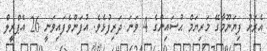
އެރަށު ފިޔަނޫމާގޭ މަރިޔަމް ޙުސައިންގެ 4 ވަނަ ދަރިފުޅެވެ. އުފަންވެފައިވަނީ 26 އެޕްރީލް